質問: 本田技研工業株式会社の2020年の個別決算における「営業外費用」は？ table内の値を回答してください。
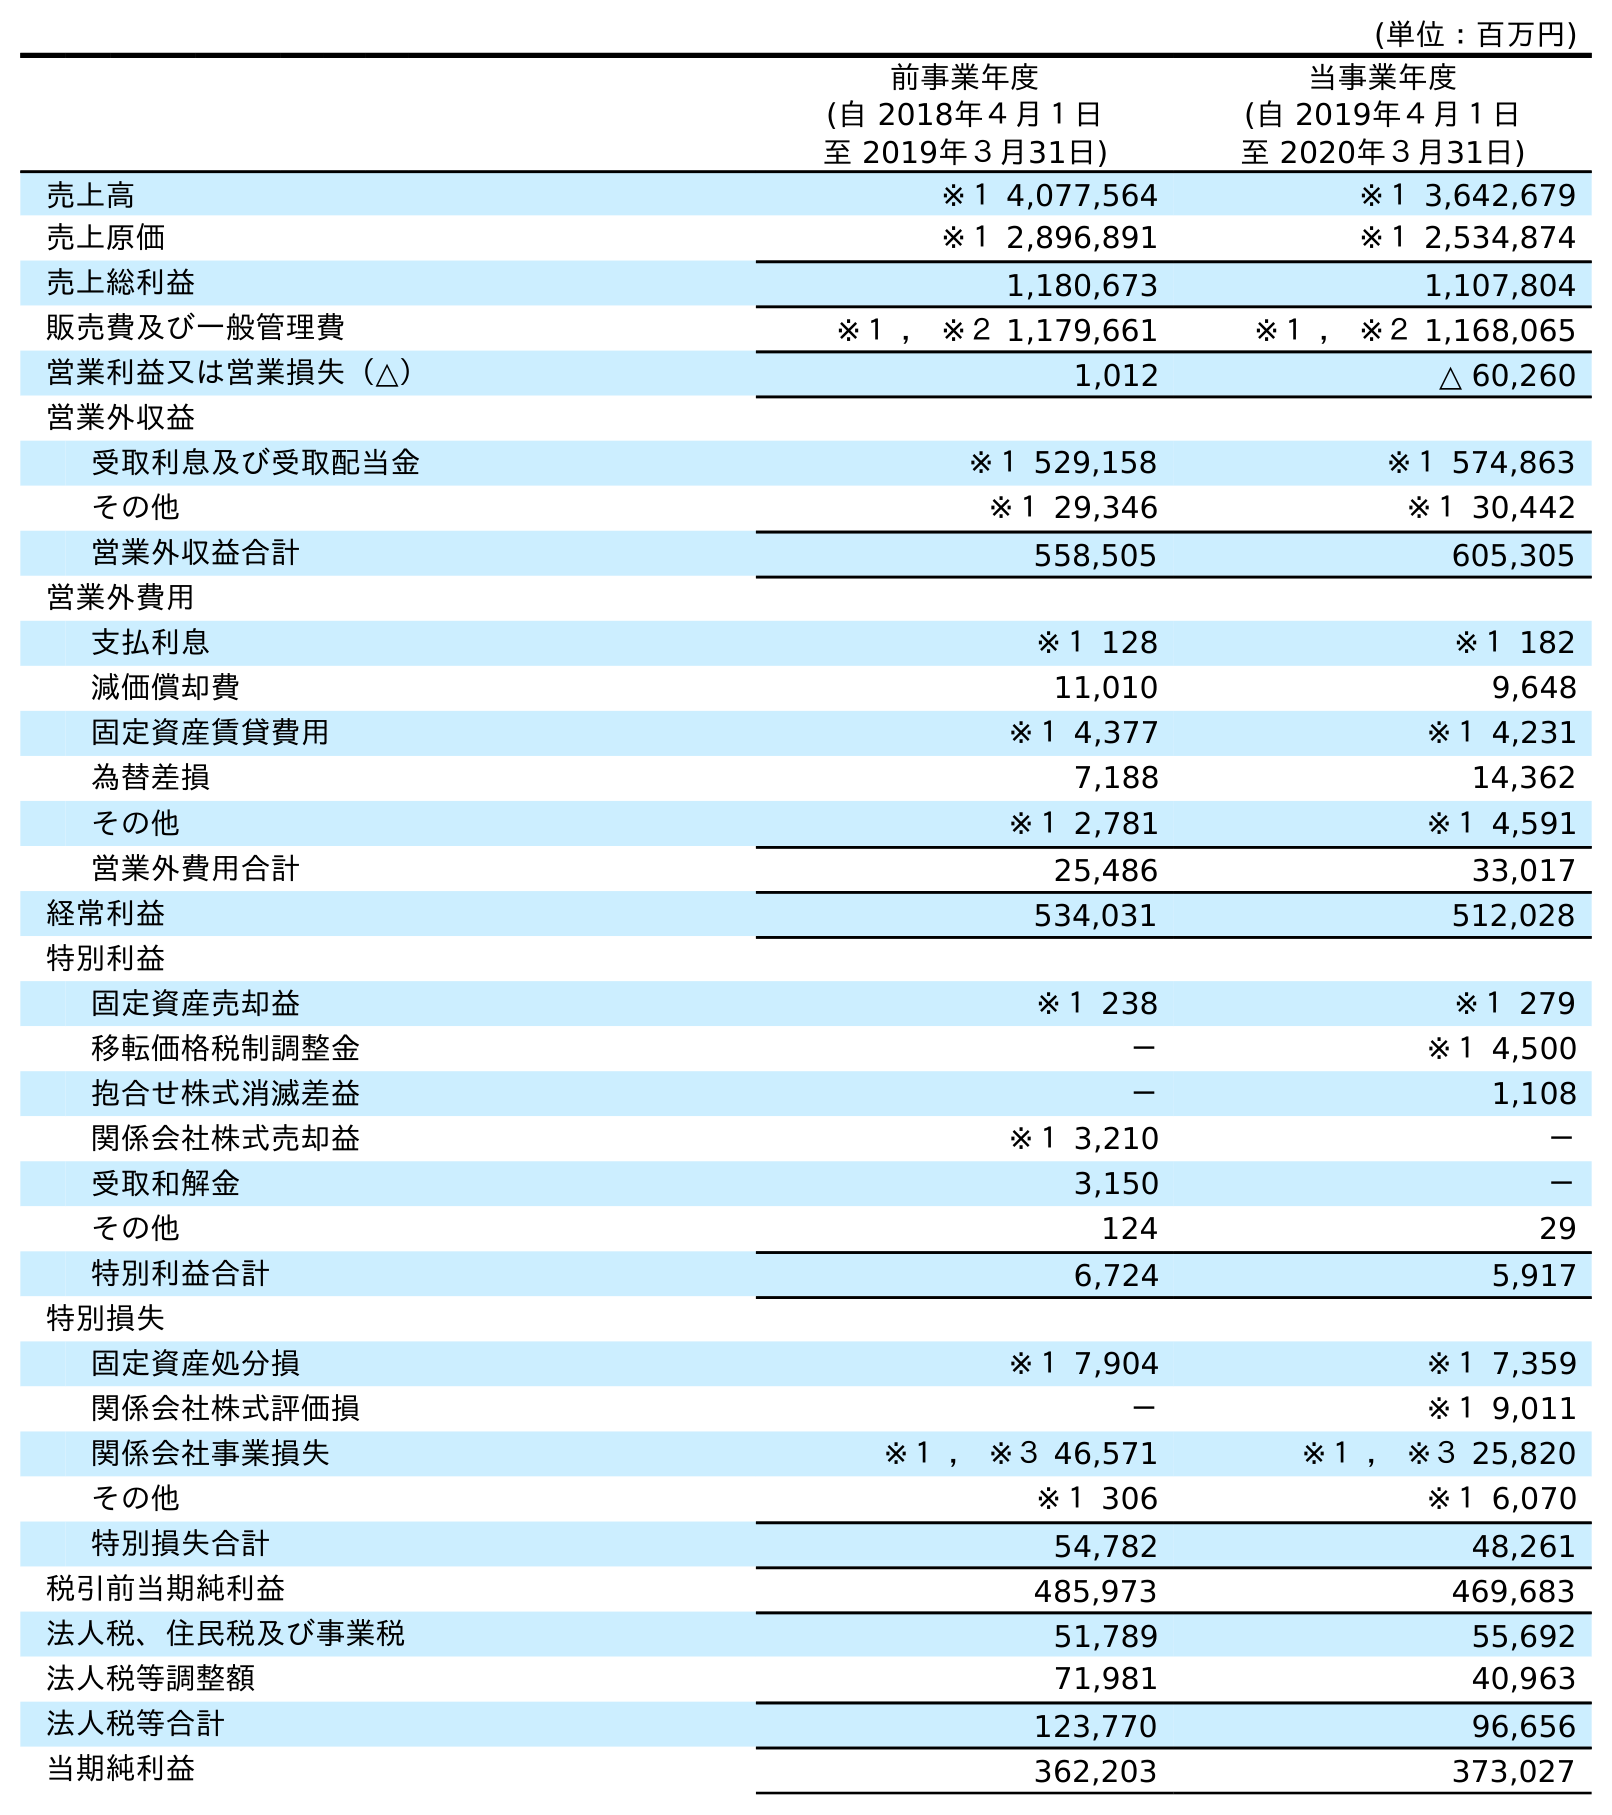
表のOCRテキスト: (単位：百万円) 前事業年度 (自 2018年４月１日 至 2019年３月31日) 当事業年度 (自 2019年４月１日 至 2020年３月31日) 売上高 ※１ 4,077,564 ※１ 3,642,679 売上原価 ※１ 2,896,891 ※１ 2,534,874 売上総利益 1,180,673 1,107,804 販売費及び一般管理費 ※１ ， ※２ 1,179,661 ※１ ， ※２ 1,168,065 営業利益又は営業損失（△） 1,012 △ 60,260 営業外収益 受取利息及び受取配当金 ※１ 529,158 ※１ 574,863 その他 ※１ 29,346 ※１ 30,442 営業外収益合計 558,505 605,305 営業外費用 支払利息 ※１ 128 ※１ 182 減価償却費 11,010 9,648 固定資産賃貸費用 ※１ 4,377 ※１ 4,231 為替差損 7,188 14,362 その他 ※１ 2,781 ※１ 4,591 営業外費用合計 25,486 33,017 経常利益 534,031 512,028 特別利益 固定資産売却益 ※１ 238 ※１ 279 移転価格税制調整金 － ※１ 4,500 抱合せ株式消滅差益 － 1,108 関係会社株式売却益 ※１ 3,210 － 受取和解金 3,150 － その他 124 29 特別利益合計 6,724 5,917 特別損失 固定資産処分損 ※１ 7,904 ※１ 7,359 関係会社株式評価損 － ※１ 9,011 関係会社事業損失 ※１ ， ※３ 46,571 ※１ ， ※３ 25,820 その他 ※１ 306 ※１ 6,070 特別損失合計 54,782 48,261 税引前当期純利益 485,973 469,683 法人税、住民税及び事業税 51,789 55,692 法人税等調整額 71,981 40,963 法人税等合計 123,770 96,656 当期純利益 362,203 373,027
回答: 33,017